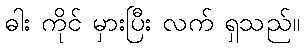
ဓါး ကိုင် မှားပြီး လက် ရှသည်။